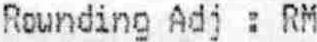
ROUNDING ADJ : RM